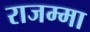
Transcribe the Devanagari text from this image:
राजम्मा